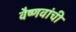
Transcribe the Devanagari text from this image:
वैष्णवांची